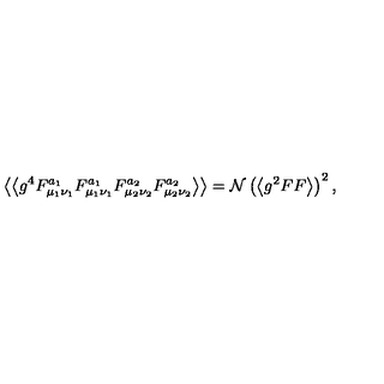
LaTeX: \left\langle \left\langle g ^ { 4 } F _ { \mu _ { 1 } \nu _ { 1 } } ^ { a _ { 1 } } F _ { \mu _ { 1 } \nu _ { 1 } } ^ { a _ { 1 } } F _ { \mu _ { 2 } \nu _ { 2 } } ^ { a _ { 2 } } F _ { \mu _ { 2 } \nu _ { 2 } } ^ { a _ { 2 } } \right\rangle \right\rangle = \mathcal { N } \left( \left\langle g ^ { 2 } F F \right\rangle \right) ^ { 2 } ,